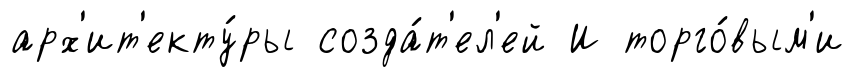
арх'ит'екту́ры созда́т'ел'ей И торго́вым'и